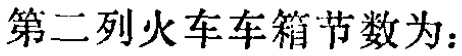
第二列火车车箱节数为：